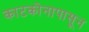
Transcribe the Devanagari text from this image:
काटकोनापासून